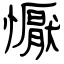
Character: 懨